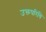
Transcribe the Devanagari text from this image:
उक्तपरिधि